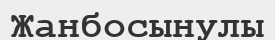
Жанбосынулы